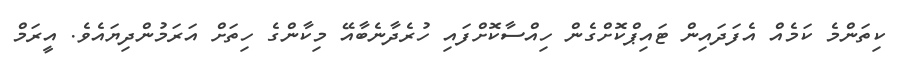
ކިތަންމެ ކަމެއް އެފަދައިން ޓައިޕްކޮށްގެން ހިއްސާކޮށްފައި ހުރެދާނެބާއޭ މިކާންގެ ހިތަށް އަރަމުންދިޔައެވެ. އީރަމް